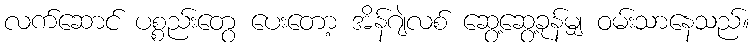
လက်ဆောင် ပစ္စည်းတွေ ပေးတော့ အိန်ဂျဲလစ် ဆွေ့ဆွေ့ခုန်မျှ ဝမ်းသာနေသည်။